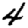
Digit: 4